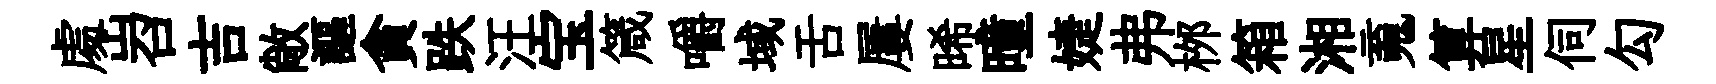
䖏岧吉敞謳貪跌汪宝箴嚼域舌屢晞曈婕弗桞箱湘䰟算星伺勾